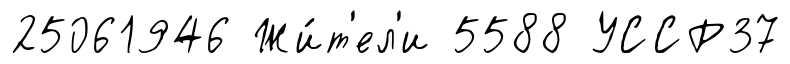
25061946 Жи́т'ел'и 5588 УССР37